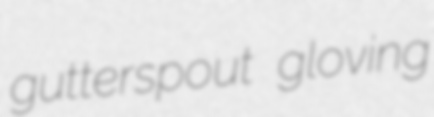
gutterspout gloving